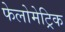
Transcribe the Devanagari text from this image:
फेलोमेट्रिक